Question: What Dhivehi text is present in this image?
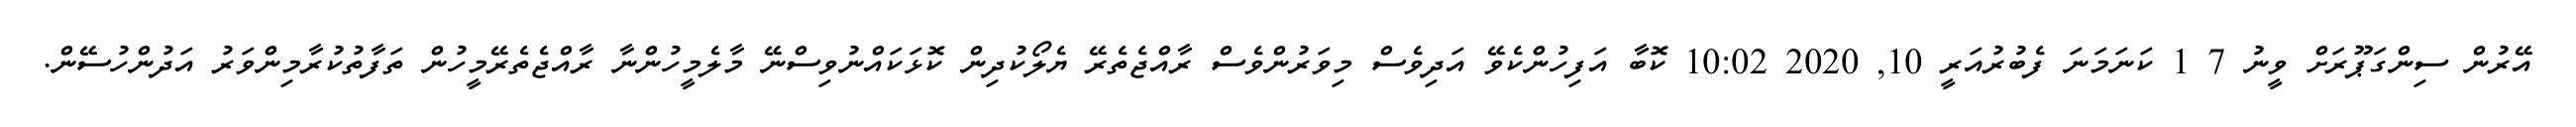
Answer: އޭރުން ސިންގަޕޫރަށް ވީނު 7 1 ކަނަމަނަ ފެބުރުއަރީ 10, 2020 10:02 ކޮބާ އަފިހުންކެވޭ އަދިވެސް މިވަރުންވެސް ރާއްޖެތެރޭ ޔެލޯކުދިން ކޮޅަކައްނުވިސްނޭ މާލެމީހުންނާ ރާއްޖެތެރޭމީހުން ތަފާތުކުރާމިންވަރު އަދުންހުސޭން.